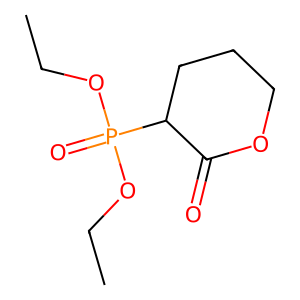
SMILES: CCOP(=O)(OCC)C1CCCOC1=O
Inhibits HIV replication: No